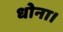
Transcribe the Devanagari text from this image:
धोना।